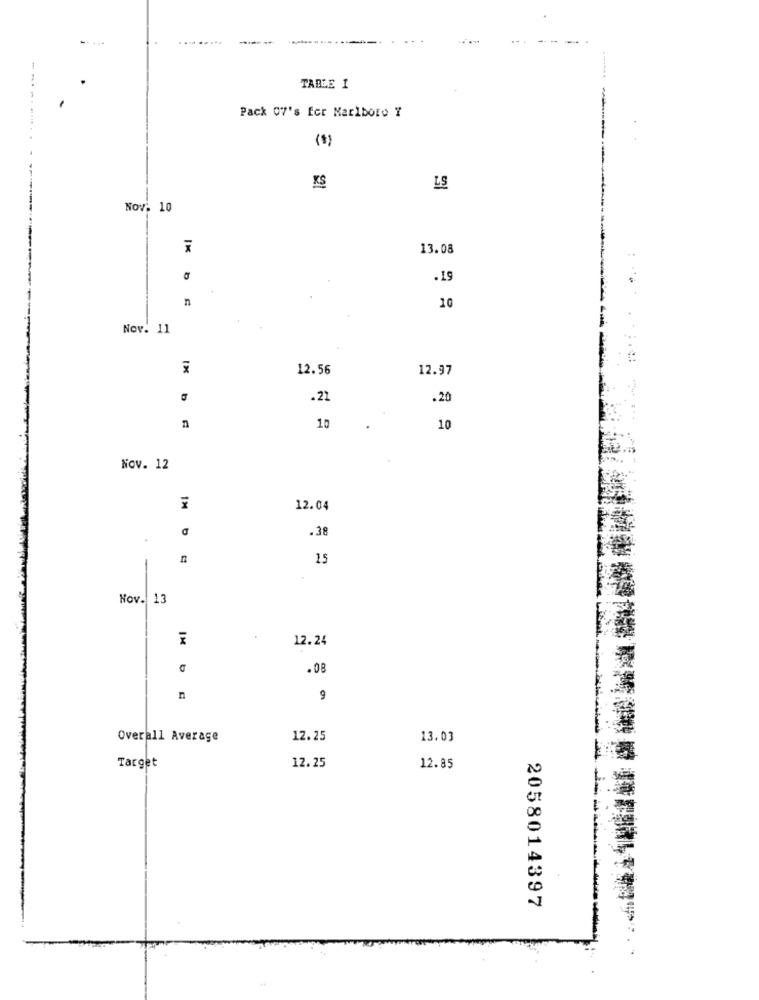
--
TABLE 1
Pack 07's for Marlboro Y
(*)
KS
LS
Nov. 10
13.08
.19
n
10
Nov. 11
x
12.56
12.97
.21
.20
n
10
10
Nov. 12
12.04
.38
15
-
Nov. 13
IM
12.24
.08
n
9
Overall Average
12.25
13.03
Target
12.25
12.85
2058014397